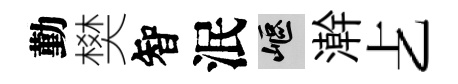
勤樊智泯嶇澣𠧒